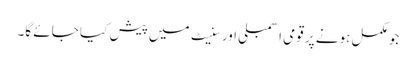
جو مکمل ہونے پر قومی اسمبلی اور سنیٹ میں پیش کیا جائے گا۔